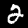
Digit: 2